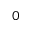
0